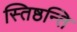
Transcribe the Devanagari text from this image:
स्तिष्ठन्ति